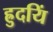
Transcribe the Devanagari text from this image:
ह्रुदयिं